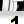
Digit: 1